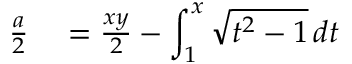
\begin{array} { r l } { { \frac { a } { 2 } } } & { { } = { \frac { x y } { 2 } } - \displaystyle \int _ { 1 } ^ { x } { \sqrt { t ^ { 2 } - 1 } } \, d t } \end{array}